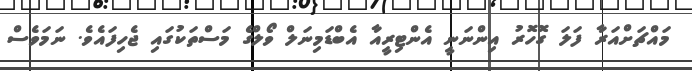
މައްޗަށްއަރާ ފަލަ ގޮހޮރު އިންނަނީ އެންޓިރީއާ އެބްޑަމިނަލް ވޯލްގެ މަސްތަކުގައި ޖެހިފައެވެ. ނަމަވެސް